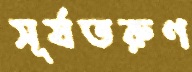
সূর্যতরুণ